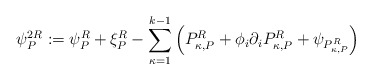
\begin{align*}\psi_P^{2R}:=\psi_P^R+\xi_P^R-\sum_{\kappa=1}^{k-1}\Big(P_{\kappa,P}^R+\phi_i \partial_i P_{\kappa,P}^R+\psi_{P_{\kappa,P}^R}\Big)\end{align*}